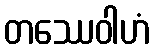
တဿေဝါဟံ